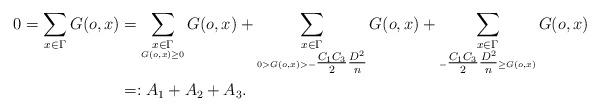
LaTeX: \begin{align*} 0 = \sum_{x\in\Gamma}G(o,x) & = \sum_{\underset{G(o,x)\geq 0}{x\in \Gamma}}G(o,x) + \sum_{\underset{0>G(o,x)> -\tfrac{C_1C_3}{2}\tfrac{D^2}{n}}{x\in \Gamma}}G(o,x) + \sum_{\underset{-\tfrac{C_1C_3}{2}\tfrac{D^2}{n} \geq G(o,x)}{x\in \Gamma}}G(o,x) \\ & =: A_1 + A_2 + A_3.\end{align*}